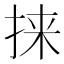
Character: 𫼲